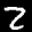
Digit: 2